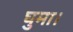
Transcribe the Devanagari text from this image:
घुमा।